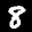
Label: 8